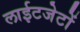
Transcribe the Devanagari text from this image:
लाईटजेटों